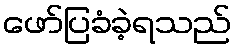
ဖော်ပြခံခဲ့ရသည်